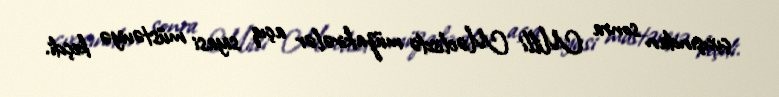
çıxışından sonra Milli Məclisdə müzakirələr açıq siyasi müstəviyə keçdi.